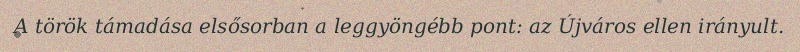
A török támadása elsősorban a leggyöngébb pont: az Újváros ellen irányult.